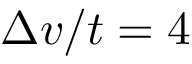
\Delta v / t = 4